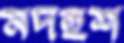
মদহুঁশ